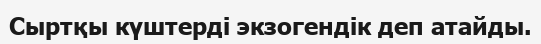
Сыртқы күштерді экзогендік деп атайды.